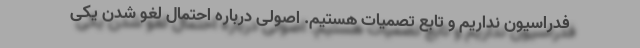
فدراسیون نداریم و تابع تصمیات هستیم. اصولی درباره احتمال لغو شدن یکی